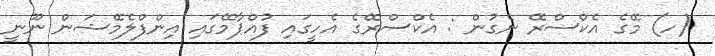
(ހ) މޭގެ އެކްސްރޭ ނެގުން : އެކްސްރޭގެ އެހީގައި ފުއްޕާމޭގައި އިންފްލެމޭޝަން ނޫނީ